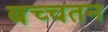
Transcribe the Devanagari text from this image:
बच्चतन